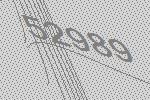
52989